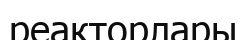
реакторлары